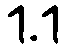
1.1